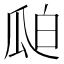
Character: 𮴻